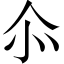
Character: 𠇍